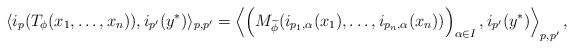
LaTeX: \begin{align*}\langle i_p(T_\phi(x_1,\ldots,x_n)),i_{p'}(y^*) \rangle_{p,p'} = \left \langle \left( M_{\widetilde{\phi}}( i_{p_1,\alpha}(x_1),\ldots,i_{p_n,\alpha}(x_n) ) \right)_{\alpha \in I} , i_{p'}(y^*) \right \rangle_{p,p'},\end{align*}